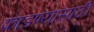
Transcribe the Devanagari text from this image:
फाडण्यासाठी